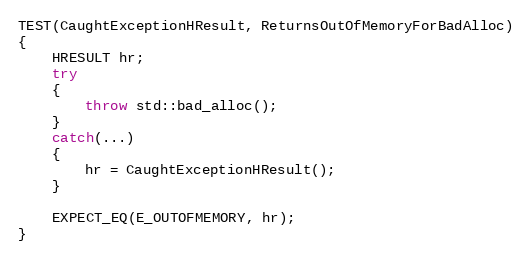
Language: C++
TEST(CaughtExceptionHResult, ReturnsOutOfMemoryForBadAlloc)
{
    HRESULT hr;
    try
    {
        throw std::bad_alloc();
    }
    catch(...)
    {
        hr = CaughtExceptionHResult();
    }

    EXPECT_EQ(E_OUTOFMEMORY, hr);
}